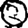
Digit: 0